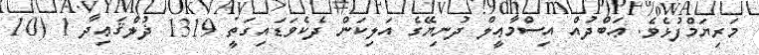
މަރިޔަމްފުޅެވެ. ޢަބްދުއް އިސްމާޢީލް ދުނިޔޭގެ އަލިކަން ދެކެވަޑައިގަތީ 1319 ޛުލްޤަޢިދާ 1 (10